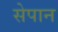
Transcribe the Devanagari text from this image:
सेपान